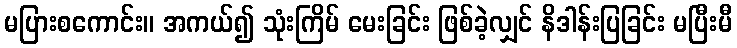
မပြားစကောင်း။ အကယ်၍ သုံးကြိမ် မေးခြင်း ဖြစ်ခဲ့လျှင် နိဒါန်းပြခြင်း မပြီးမီ